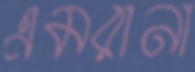
এমরানা